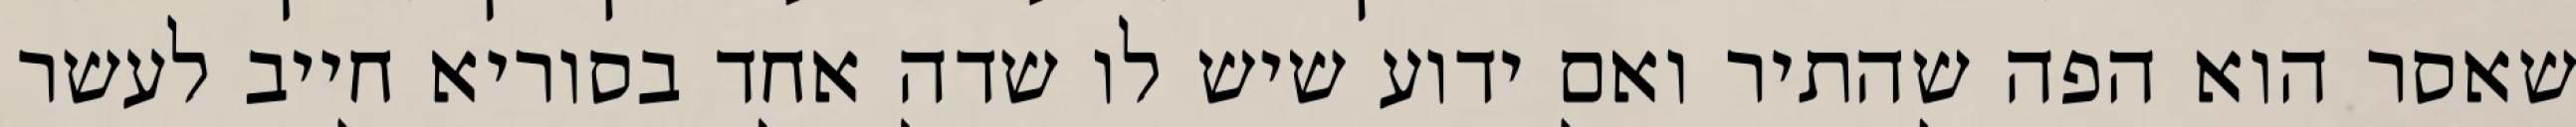
שאסר הוא הפה שהתיר ואם ידוע שיש לו שדה אחד בסוריא חייב לעשר